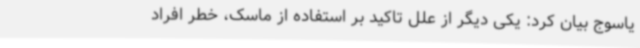
یاسوج بیان کرد: یکی دیگر از علل تاکید بر استفاده از ماسک، خطر افراد